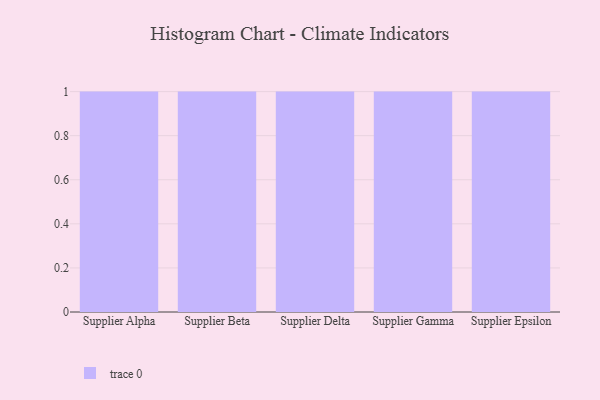
{"axis": {"x": "Supplier", "y": "Headcount"}, "legend": [""], "data": [{"x": "Supplier Alpha", "y": 32, "type": ""}, {"x": "Supplier Beta", "y": 82, "type": ""}, {"x": "Supplier Delta", "y": 45, "type": ""}, {"x": "Supplier Gamma", "y": 39, "type": ""}, {"x": "Supplier Epsilon", "y": 21, "type": ""}]}